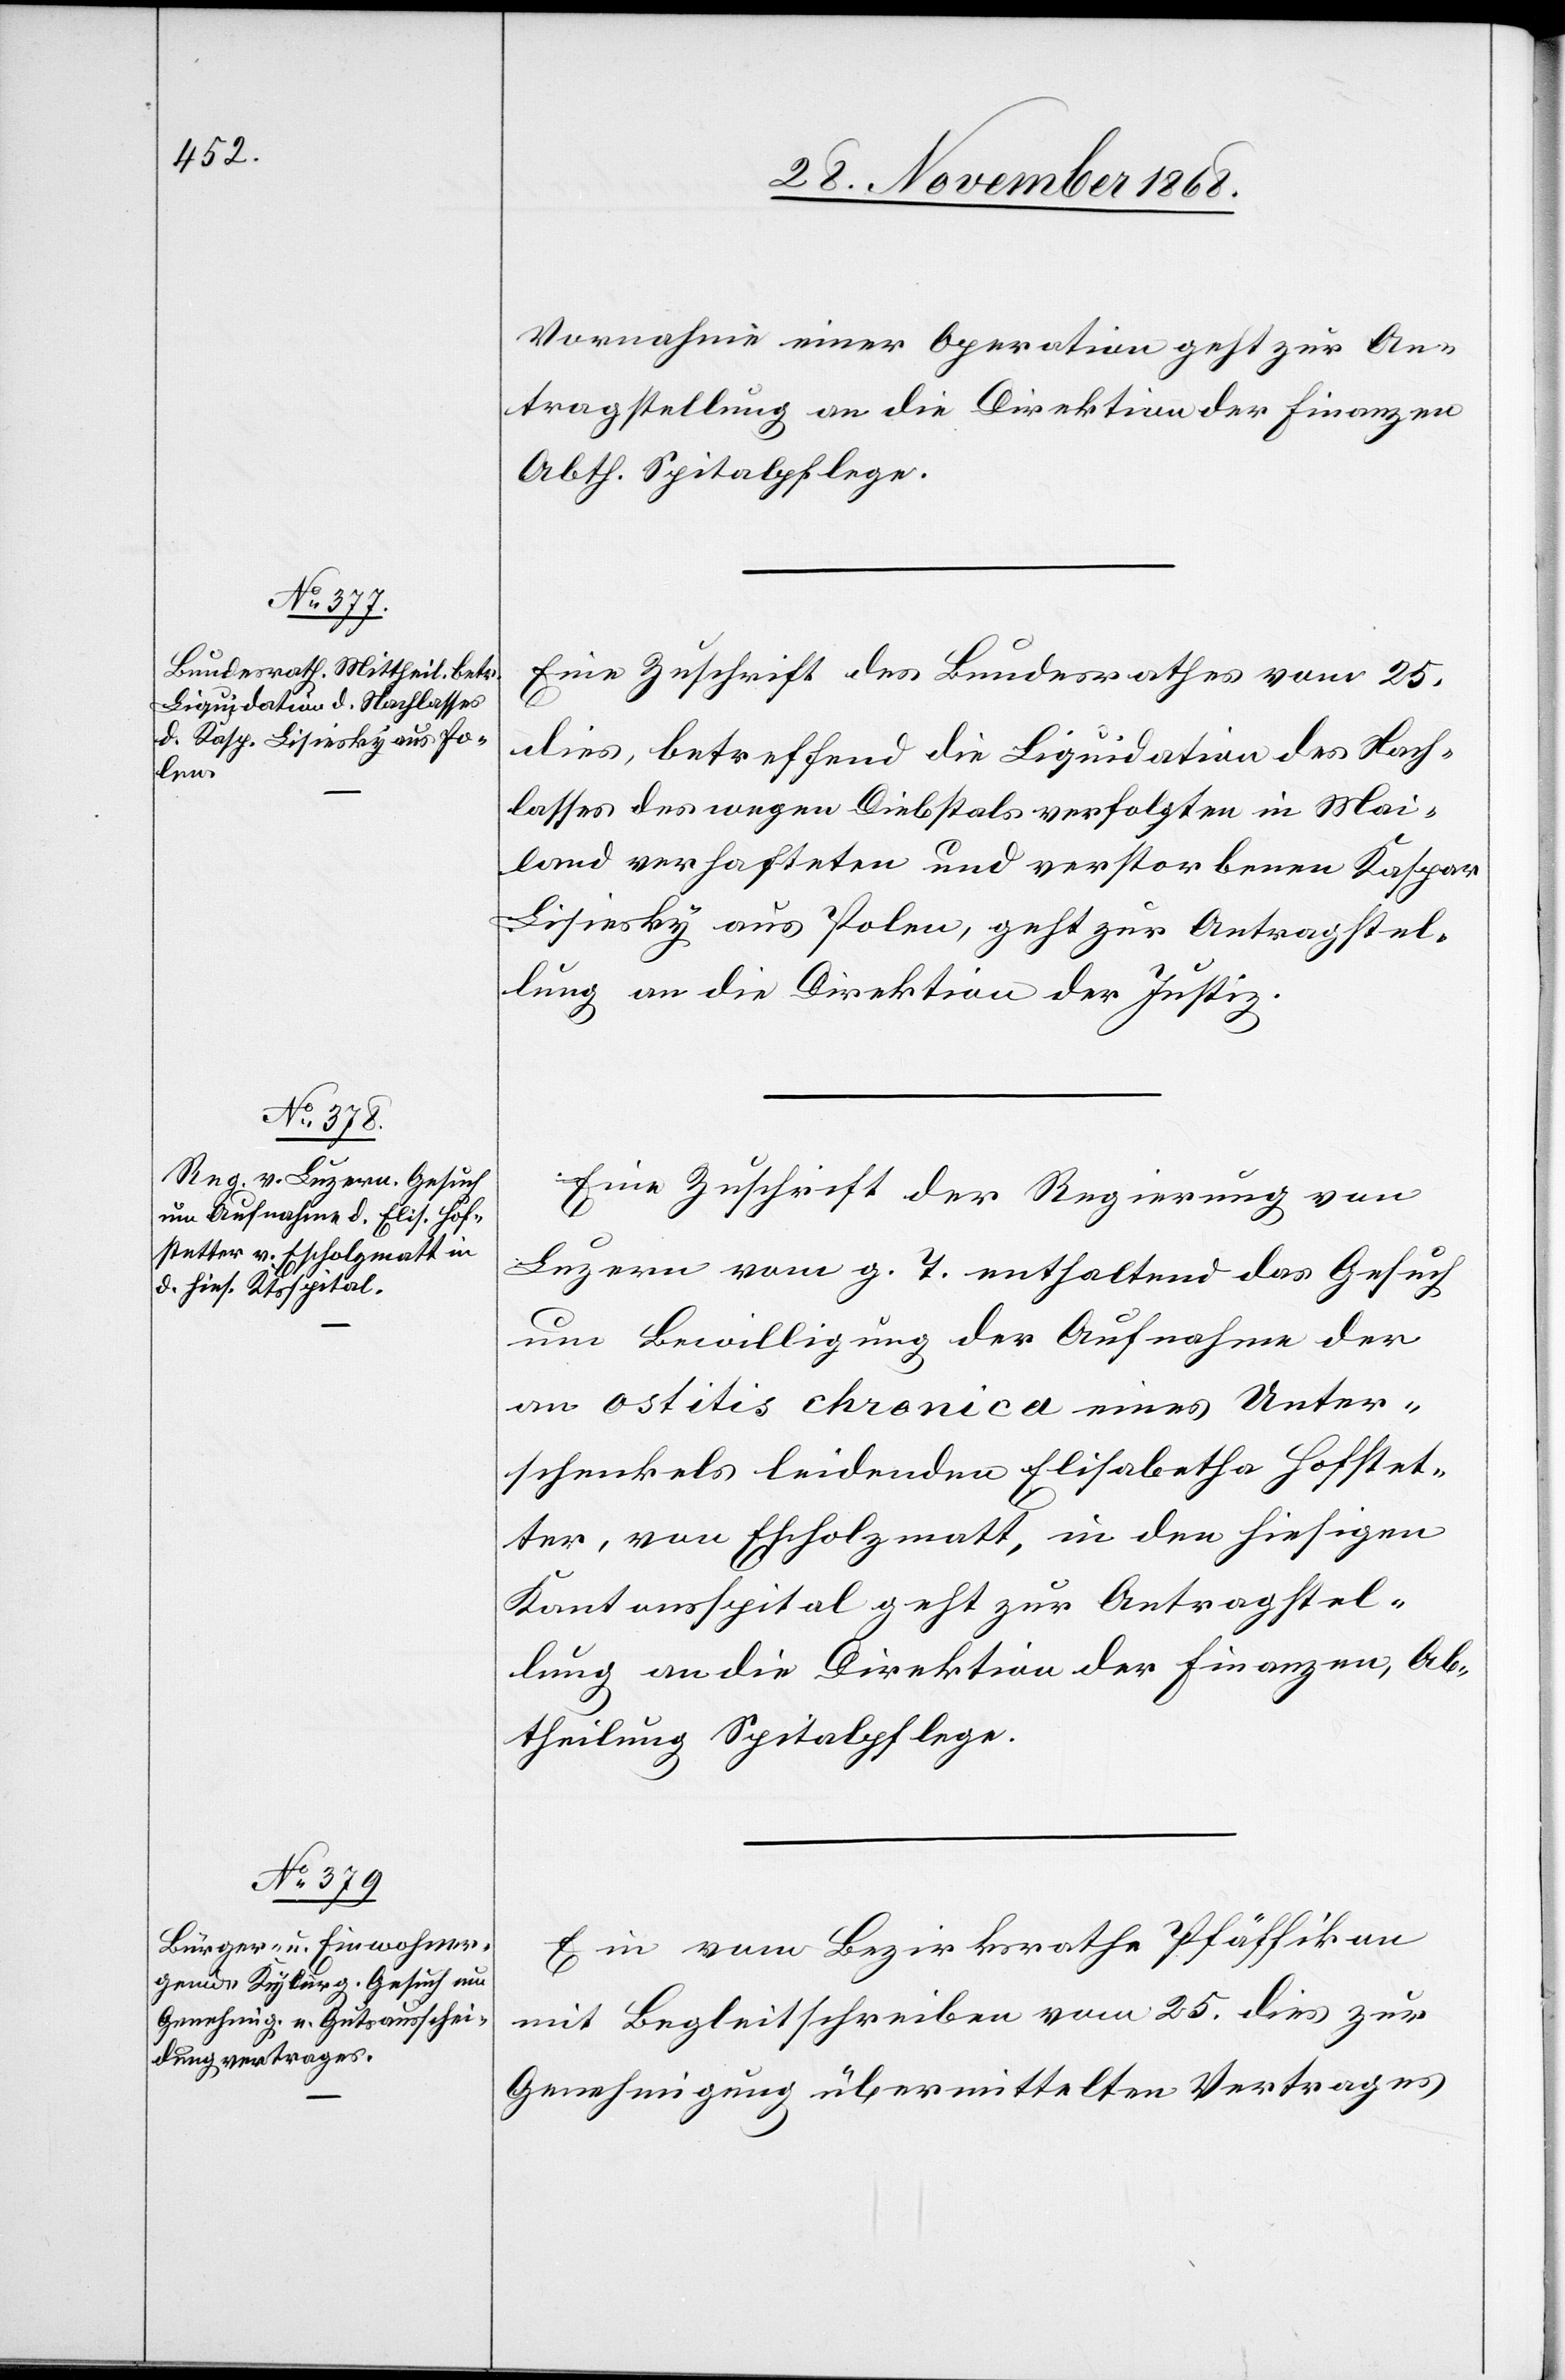
28. November 1868.]
Vornahme einer Operation geht zur An¬
tragstellung an die Direktion der Finanzen
Abth. Spitalpflege.
Eine Zuschrift des Bundesrathes vom 25.
dies, betreffend die Liquidation des Nach¬
lasses des wegen Diebstals verfolgten in Mai¬
land verhafteten und verstorbenen Kaspar
Lisiesky aus Polen, geht zur Antragstel¬
lung an die Direktion der Justiz.
Eine Zuschrift der Regierung von
Luzern vom g. T. enthaltend das Gesuch
um Bewilligung der Aufnahme der
an ostitis chronica eines Unter¬
schenkels leidenden Elisabetha Hofstet¬
ter, von Escholzmatt, in den hiesigen
Kantonsspital geht zur Antragstel¬
lung an die Direktion der Finanzen, Ab¬
theilung Spitalpflege.
Ein vom Bezirksrathe Pfäffikon
mit Begleitschreiben vom 25. dies zur
Genehmigung übermittelten Vertrages